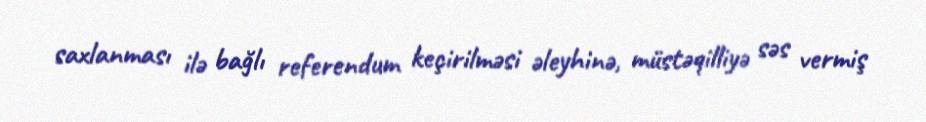
saxlanması ilə bağlı referendum keçirilməsi əleyhinə, müstəqilliyə səs vermiş